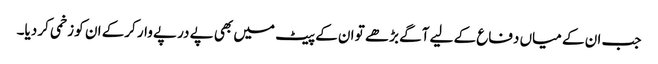
جب ان کے میاں دفاع کے لیے آگے بڑھے تو ان کے پیٹ میں بھی پے درپے وار کرکے ان کو زخمی کر دیا۔